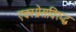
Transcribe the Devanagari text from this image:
एक्स्प्रेसविरुद्ध